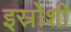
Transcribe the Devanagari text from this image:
इस्रोशी